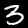
Label: 3